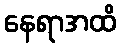
နေရာအထိ